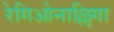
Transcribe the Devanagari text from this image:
रेगिओनाल्लिगा